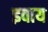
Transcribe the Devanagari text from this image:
इवाय